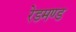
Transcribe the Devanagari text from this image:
रेडमण्ड